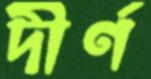
দীর্ণ